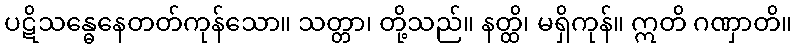
ပဋိသန္ဓေနေတတ်ကုန်သော။ သတ္တာ၊ တို့သည်။ နတ္ထိ၊ မရှိကုန်။ ဣတိ ဂဏှာတိ။